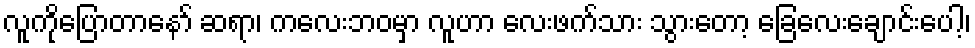
လူကိုပြောတာနော် ဆရာ၊ ကလေးဘဝမှာ လူဟာ လေးဖက်သား သွားတော့ ခြေလေးချောင်းပေါ့၊